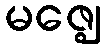
မဇ္ဈေ